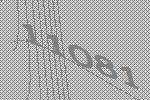
11081